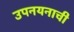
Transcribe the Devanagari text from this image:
उपनयनाची